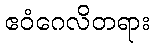
ဧဝံဂေလိတရား